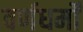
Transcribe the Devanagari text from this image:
वर्णधर्मों